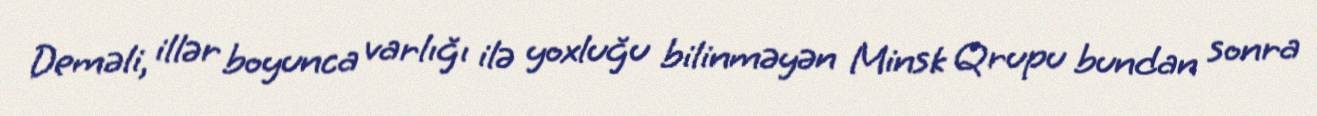
Deməli, illər boyunca varlığı ilə yoxluğu bilinməyən Minsk Qrupu bundan sonra